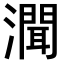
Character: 𤀳